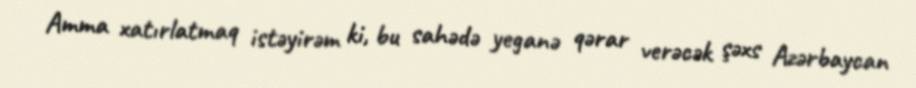
Amma xatırlatmaq istəyirəm ki, bu sahədə yeganə qərar verəcək şəxs Azərbaycan